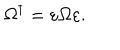
LaTeX: \Omega ^ { \dagger } = \varepsilon \Omega \varepsilon .